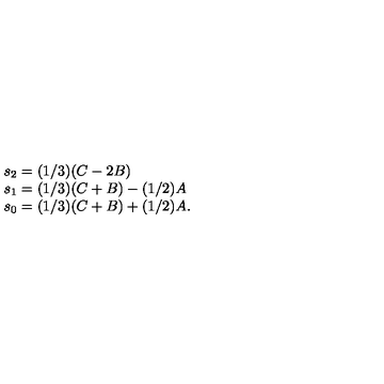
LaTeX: \begin{array} { l } { s _ { 2 } = ( 1 / 3 ) ( C - 2 B ) } \\ { s _ { 1 } = ( 1 / 3 ) ( C + B ) - ( 1 / 2 ) A } \\ { s _ { 0 } = ( 1 / 3 ) ( C + B ) + ( 1 / 2 ) A . } \\ \end{array}